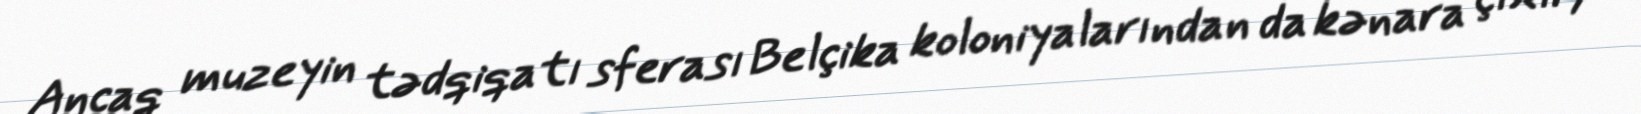
Ancaq muzeyin tədqiqatı sferası Belçika koloniyalarından da kənara çıxır,